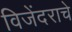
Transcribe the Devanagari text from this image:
विजेंदराचे